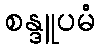
စန္ဒူပမံ